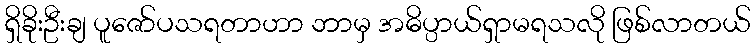
ရှိခိုးဦးချ ပူဇော်ပသရတာဟာ ဘာမှ အဓိပ္ပာယ်ရှာမရသလို ဖြစ်လာတယ်